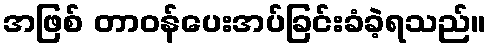
အဖြစ် တာဝန်ပေးအပ်ခြင်းခံခဲ့ရသည်။